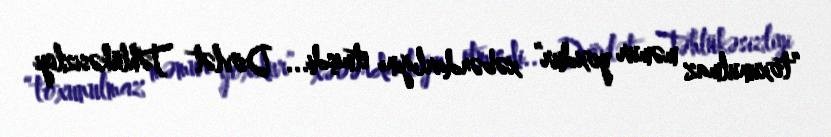
“toxunulmaz məmur yoxdur” xəbərdarlığını etmişdi... Dövlət Təhlükəsizliyi